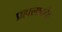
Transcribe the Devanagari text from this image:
प्रह्मलाददेव